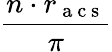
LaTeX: \frac{n\cdot r_{\mathrm{~a~c~s~}}}{\pi}